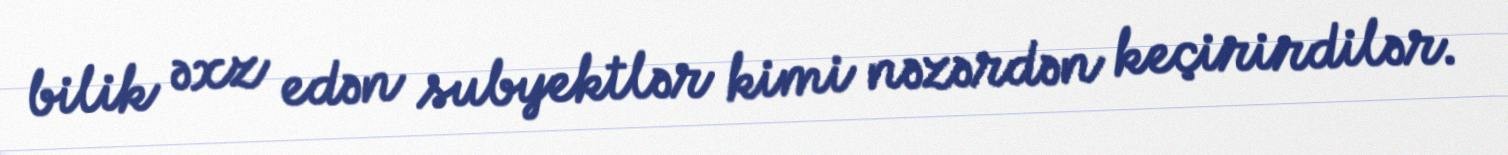
bilik əxz edən subyektlər kimi nəzərdən keçirirdilər.